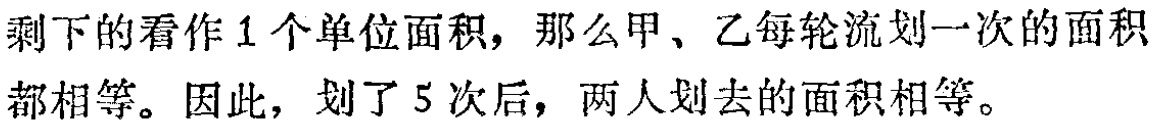
剩下的看作1个单位面积，那么甲、乙每轮流划一次的面积都相等。因此，划了5次后，两人划去的面积相等。